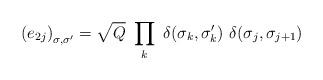
LaTeX: \begin{align*}\left(e_{2j}\right)_{\sigma,\sigma'}=\sqrt{Q}~ \prod_k ~\delta(\sigma_k,\sigma_k'){}~\delta(\sigma_j,\sigma_{j+1})\end{align*}